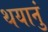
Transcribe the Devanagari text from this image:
थयानुं